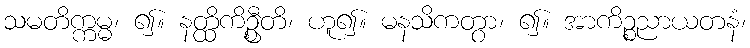
သမတိက္ကမ္မ၊ ၍။ နတ္ထိကိဦ္စတိ၊ ဟူ၍။ မနသိကတွာ၊ ၍။ အာကိဉ္စညာယတနံ၊